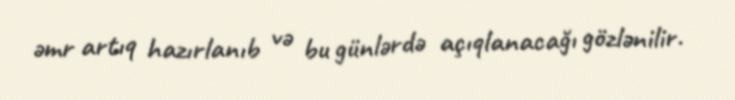
əmr artıq hazırlanıb və bu günlərdə açıqlanacağı gözlənilir.